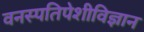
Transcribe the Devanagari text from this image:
वनस्पतिपेशीविज्ञान